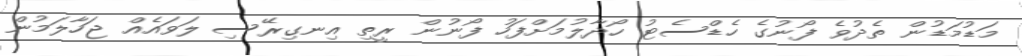
މަޑުމަޑުން ތެދުވެ ފޯނުގެ ހެޑްސެޓު ހޯދާލުމަށްފަހު ފޯނުން ރީތި އިނގިރޭސި ލަވައެއް ޖަހާލަމުން